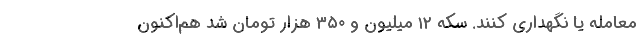
معامله یا نگهداری کنند. سکه ۱۲ میلیون و ۳۵۰ هزار تومان شد هم‌اکنون